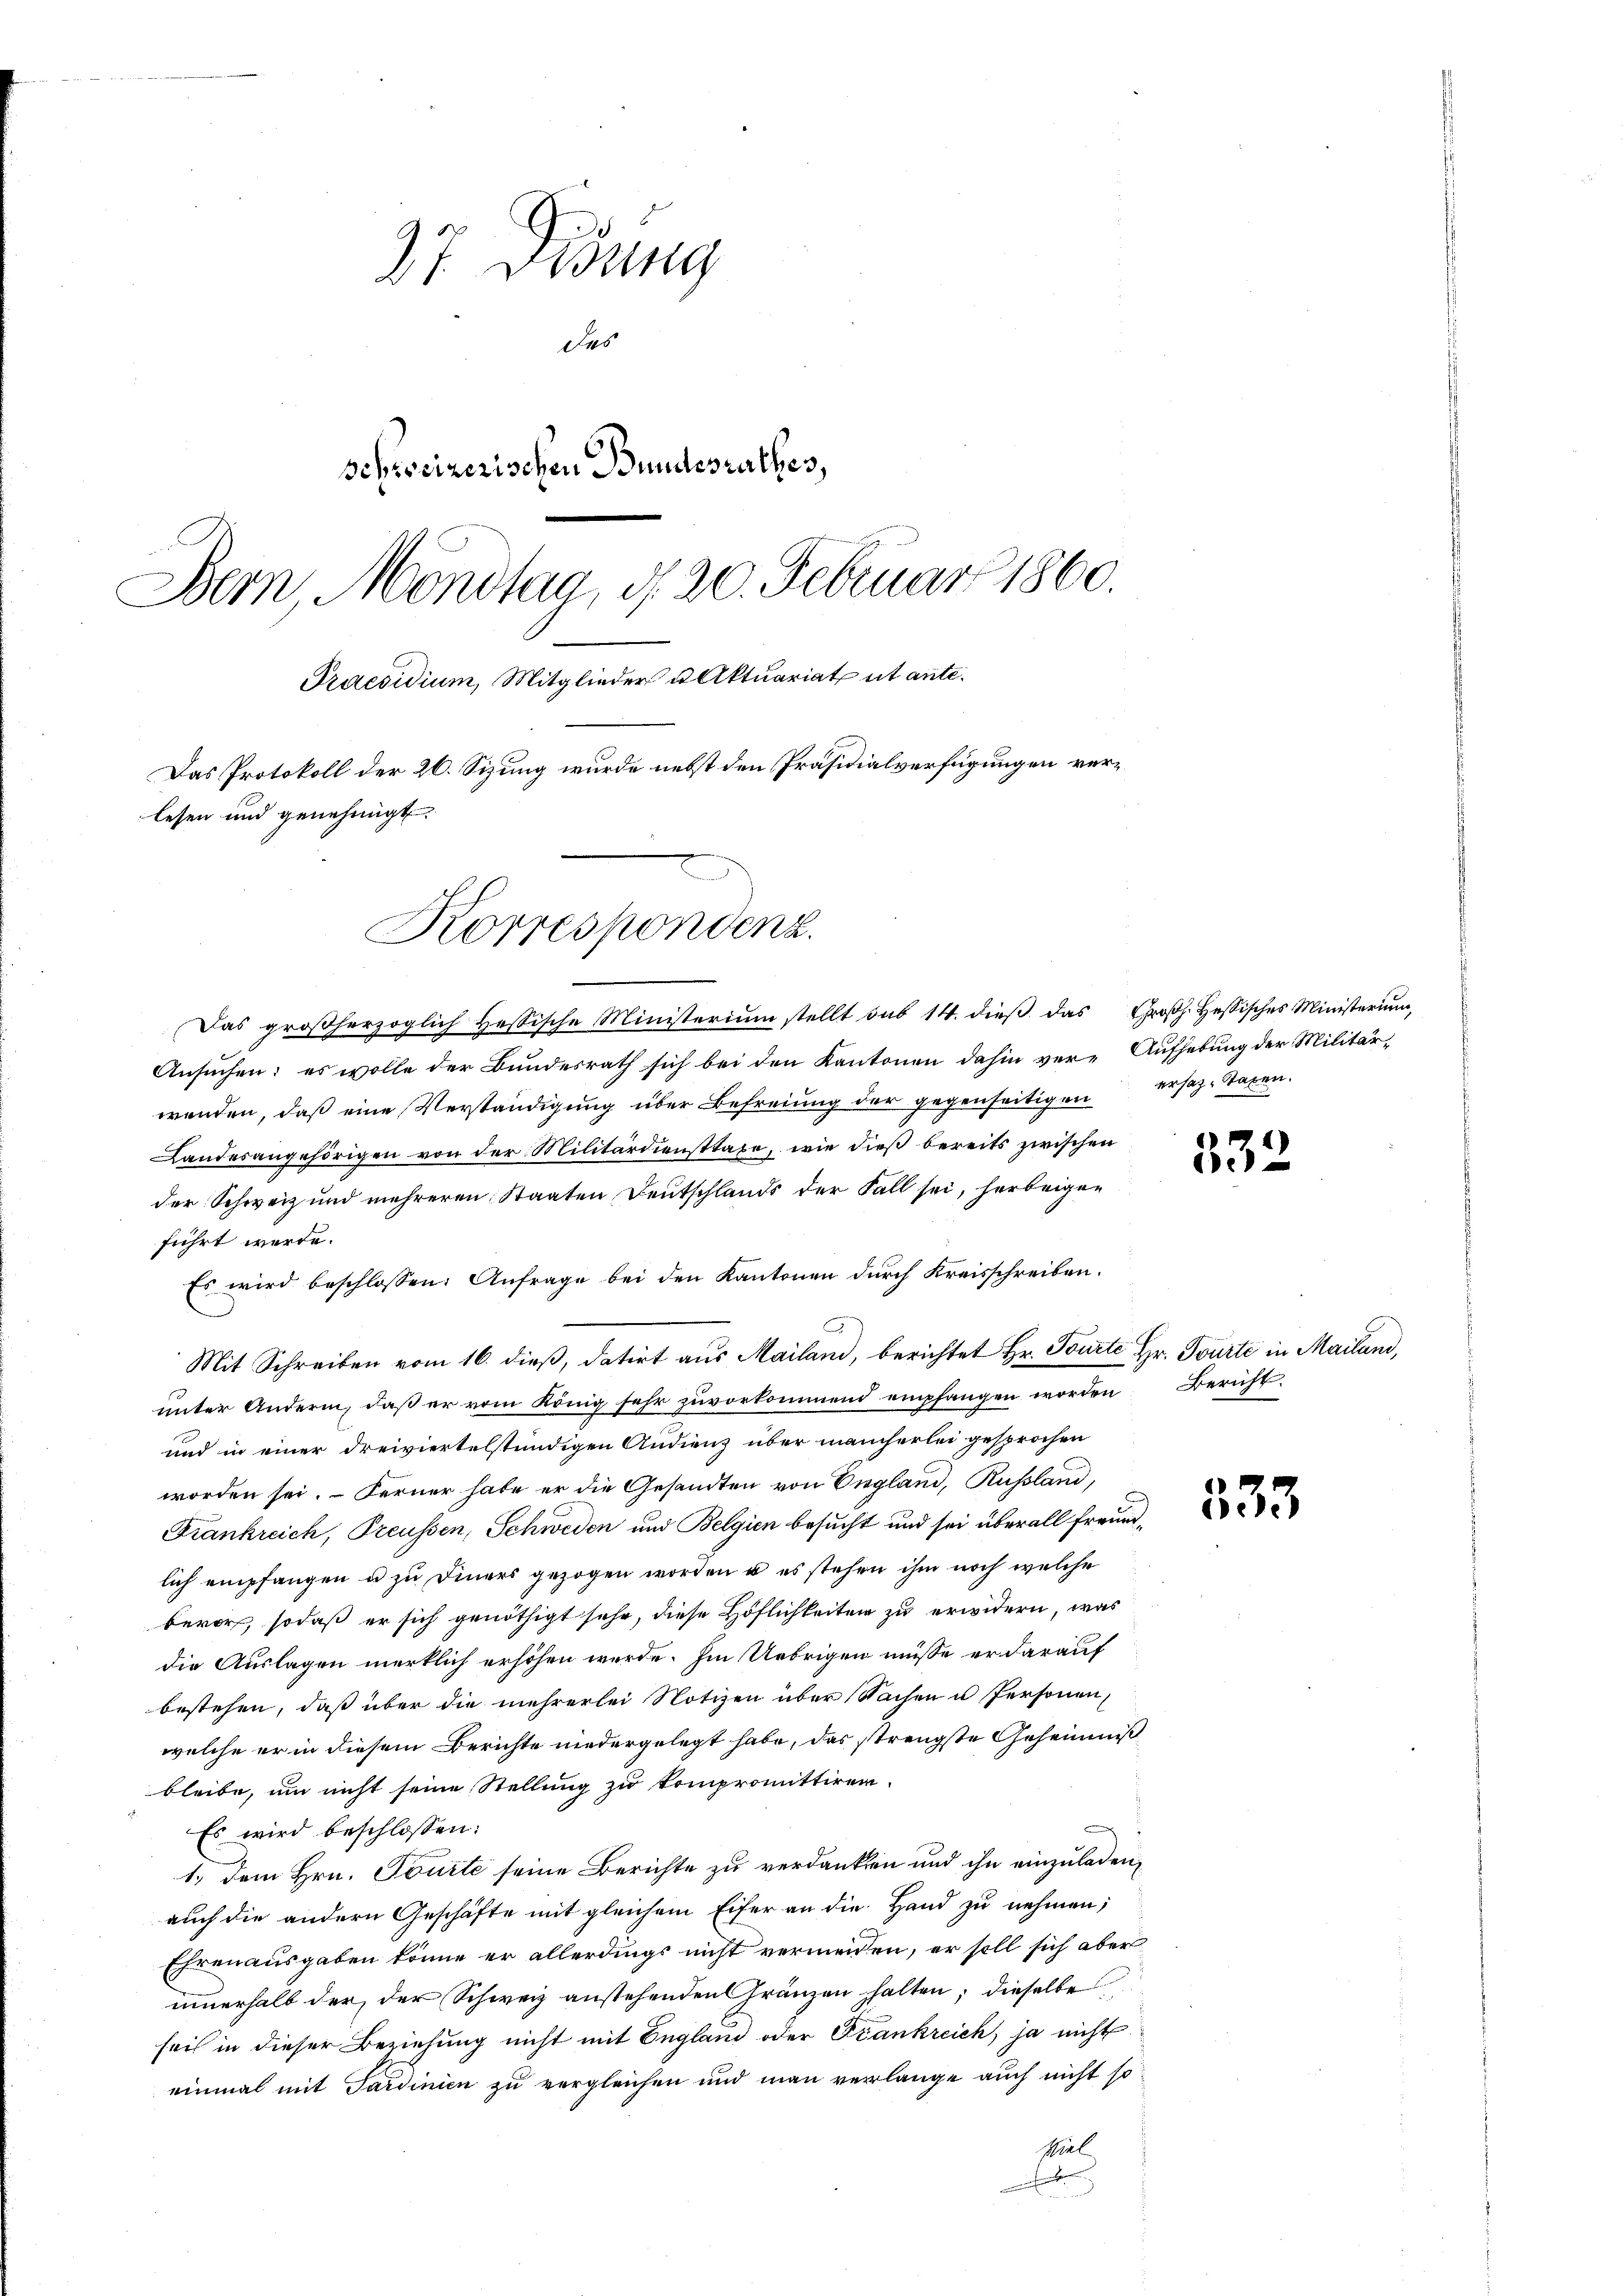
27 Didung
des
schreizerischen Bundesrathes,
Bern Mondtag, d. 20. Februar 1860.
Praesidium, Mitglieder u Aktuariat ut ante¬
Das Protokoll der 26. Sizung wurde nebst den Präsidialverfügungen verlesen und genehmigt.

Korrespondenz.

Das groβherzoglich Hessische Ministerium stellt sub 14. dieβ das Groβh. Hessisches Ministerium,
Ansuchen; es wolle der Bundesrath sich bei den Kantonen dahin ver-Aufhebung der Militärwenden, daß eine Verständigung über Befreiung der gegenseitigen ersatz-Staren.
Landesangehörigen von der Militärdiensttaxe, wie dieß bereits zwischen
der Schweiz und mehreren Staaten Deutschlands der Fall sei, herbeigen
führt werde.
Es wird beschlossen: Anfrage bei den Kantonen durch Kreisschreiben.
Mit Schreiben vom 16. dieß, datirt aus Mailand, berichtet Hr. Tourte Hr. Tourte in Mailand,
unter Anderm, daß er vom König sehr zuvorkommend empfangen worden Bericht
und in einer dreiviertelstündigen Andienz über mancherlei gesprochen
worden sei. Ferner habe er die Gesandten von England, Russland,
Frankreich, Preussen, Schweden und Belgien besucht und sei überall Freundlich empfangen u zu Diners gezogen worden u es stehen ihm noch welche
bevor, sodaß er sich genöthigt sehr, diese Höflichkeiten zu erwidern, was
die Auslagen merklich erhöhen werde. Im Uebrigen müsse er darauf
bestehen, daß über die mehrerlei Notizen über Sachen u Personen,
welche er in diesem Berichte niedergelegt habe, das strengste Geheimniß
bleibe, um nicht seine Stellung zu kompromittiren.
Es wird beschlossen:
1.) Dem Hrn. Tourte seine Berichte zu verdanken und ihn einzuladen,
auch die andern Geschäfte mit gleichem Eifer an die Hand zu nehmen;
Ehrenausgaben könne er allerdings nicht vermeiden, er soll sich aber
innerhalb der der Schweiz anstehenden Gränzen halten; dieselbe
seis in dieser Beziehung nicht mit England oder Frankreich, ja nicht
einmal mit Sardinien zu vergleichen und man verlange auch nicht so
spiel
e

332

333